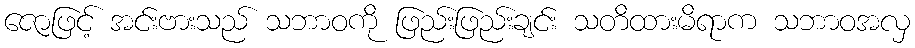
ဇောဖြင့် အင်းဗားသည် သဘာဝကို ဖြည်းဖြည်းချင်း သတိထားမိရာက သဘာဝအလှ